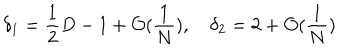
LaTeX: \delta _ { 1 } = \frac { 1 } { 2 } D - 1 + \mathcal { O } ( \frac { 1 } { N } ) , \quad \delta _ { 2 } = 2 + \mathcal { O } ( \frac { 1 } { N } )